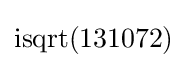
\operatorname {isqrt} (131072)